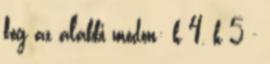
fog az alábbi módon: k 4, k 5 -